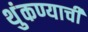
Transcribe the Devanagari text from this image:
थुंकण्याची